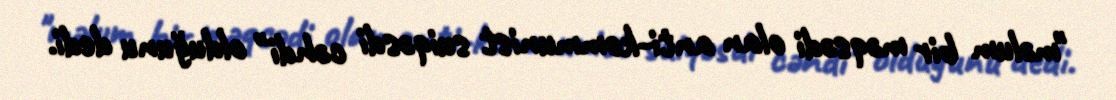
"məlum bir məqsədi olan anti-kommunist suiqəsdi cəhdi" olduğunu dedi.